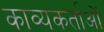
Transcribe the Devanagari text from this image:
काव्यकर्ताओं